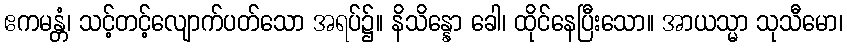
ဧကမန္တံ၊ သင့်တင့်လျောက်ပတ်သော အရပ်၌။ နိသိန္နော ခေါ၊ ထိုင်နေပြီးသော။ အာယသ္မာ သုသီမော၊